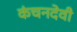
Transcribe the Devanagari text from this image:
कंचनदेवी